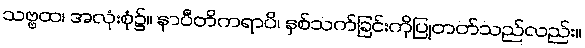
သဗ္ဗထ၊ အလုံးစုံ၌။ နာပီတိကရာပိ၊ နှစ်သက်ခြင်းကိုပြုတတ်သည်လည်း။